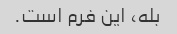
بله، این فرم است.